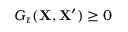
G _ { \tau } ( \mathbf { X } , \mathbf { X } ^ { \prime } ) \geq 0